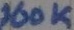
Text: 100K